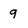
Character: 9